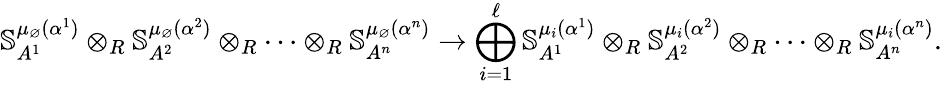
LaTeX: \mathbb{S}_{A^{1}}^{\mu_{\varnothing}(\alpha^{1})}\otimes_{R}\mathbb{S}_{A^{2}}^{\mu_{\varnothing}(\alpha^{2})}\otimes_{R}\cdots\otimes_{R}\mathbb{S}_{A^{n}}^{\mu_{\varnothing}(\alpha^{n})}\to\bigoplus_{i=1}^{\ell}\mathbb{S}_{A^{1}}^{\mu_{i}(\alpha^{1})}\otimes_{R}\mathbb{S}_{A^{2}}^{\mu_{i}(\alpha^{2})}\otimes_{R}\cdots\otimes_{R}\mathbb{S}_{A^{n}}^{\mu_{i}(\alpha^{n})}.